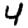
Digit: 4